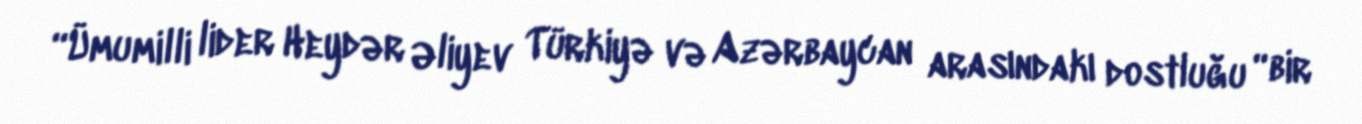
“Ümumilli lider Heydər Əliyev Türkiyə və Azərbaycan arasındakı dostluğu “bir